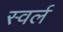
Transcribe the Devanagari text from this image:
स्वर्ल